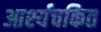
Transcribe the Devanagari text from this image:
आर्श्यचकित